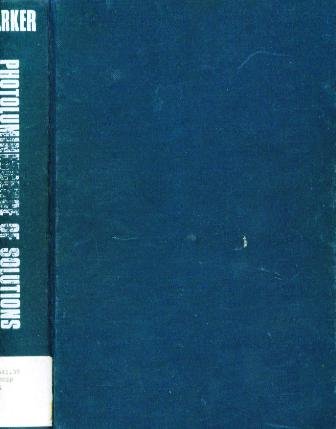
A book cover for Photoluminescence of Solutions: With Applications to Photochemistry and Analytical Chemistry; C.A. Parker; Science & Math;